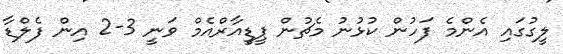
ލީގުގައި އެންމެ ފަހުން ކުޅުނު މެޗުން ޕީޑީއާރްއެމް ވަނީ 3-2 އިން ފެލްޑާ